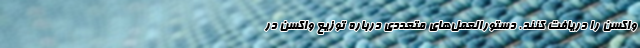
واکسن را دریافت کنند. دستورالعمل‌های متعددی درباره توزیع واکسن در